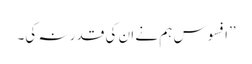
’’افسوس ہم نے ان کی قدر نہ کی۔